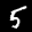
Label: 5